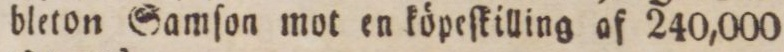
bleton Samſon mot en köpeſkilling af 240,000